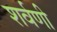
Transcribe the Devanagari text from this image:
शर्वणी